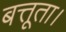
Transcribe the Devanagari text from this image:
बत्तूता।